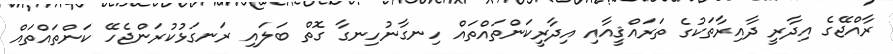
ރާއްޖޭގެ އިދާރީ ދާއިރާތަކުގެ ތަރައްޤީއާއި އިދާރީކަންތައްތައް ހިނގާނުހިނގާ ގޮތް ބަލައި ރަނގަޅުކުރަންޖެހޭ ކަންތައްތައް